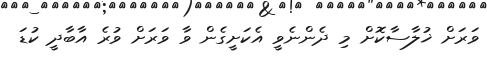
ވަރަށް ޚުލާސާކޮށް މި ދެންނެވީ އެކަށީގެން ވާ ވަރަށް ވުރެ އާބާދީ ކުޑަ